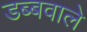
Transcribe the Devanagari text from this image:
डब्बवाले